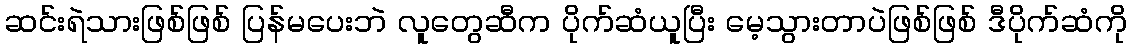
ဆင်းရဲသားဖြစ်ဖြစ် ပြန်မပေးဘဲ လူတွေဆီက ပိုက်ဆံယူပြီး မေ့သွားတာပဲဖြစ်ဖြစ် ဒီပိုက်ဆံကို